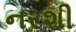
નરશી